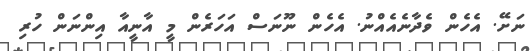
ނަށޭ. އެހެން ވެދާނެއެއްނު. އެހެން ނޫނަސް އަހަރެން މީ އާނީއާ އިންނަން ހުރި